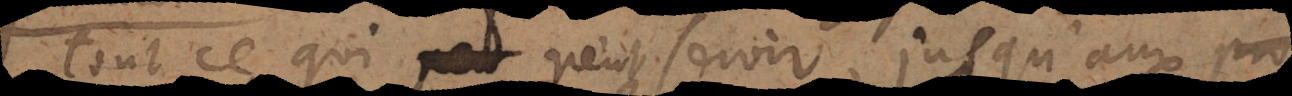
tout ce qui peut servir, jusqu’aux